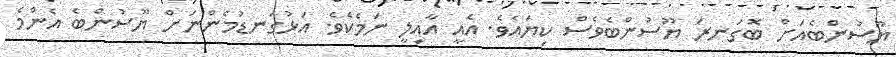
ޔޫސުންބެއަށް ބޮގަނރަ ޔޫސުންބެވެސް ކިޔައެވެ. އެއީ އާއިލީ ނަމެކެވެ. އަޅުގަނޑުމެންނަށް ޔޫސުންބެ އެންމެ